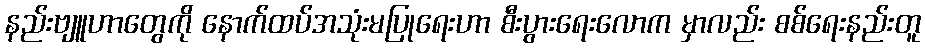
နည်းဗျူဟာတွေကို နောက်ထပ်အသုံးမပြုရေးဟာ စီးပွားရေးလောက မှာလည်း စစ်ရေးနည်းတူ